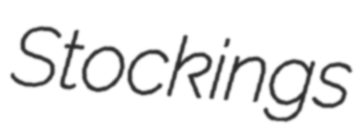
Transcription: Stockings